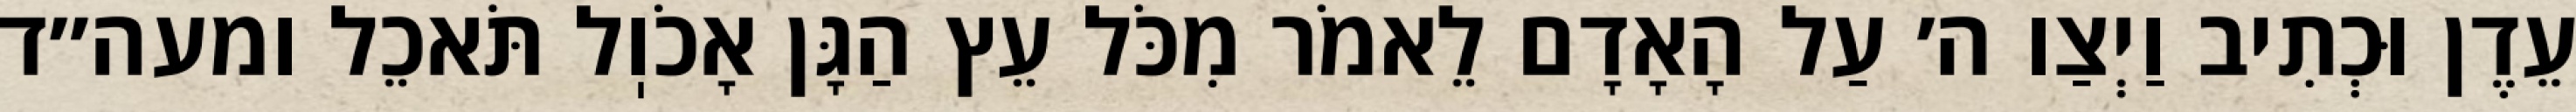
עֵדֶן וּכְתִיב וַיְצַו ה׳ עַל הָאָדָם לֵאמֹר מִכֹּל עֵץ הַגָּן אָכֹוֽל תֹּאכֵל ומעה״ד